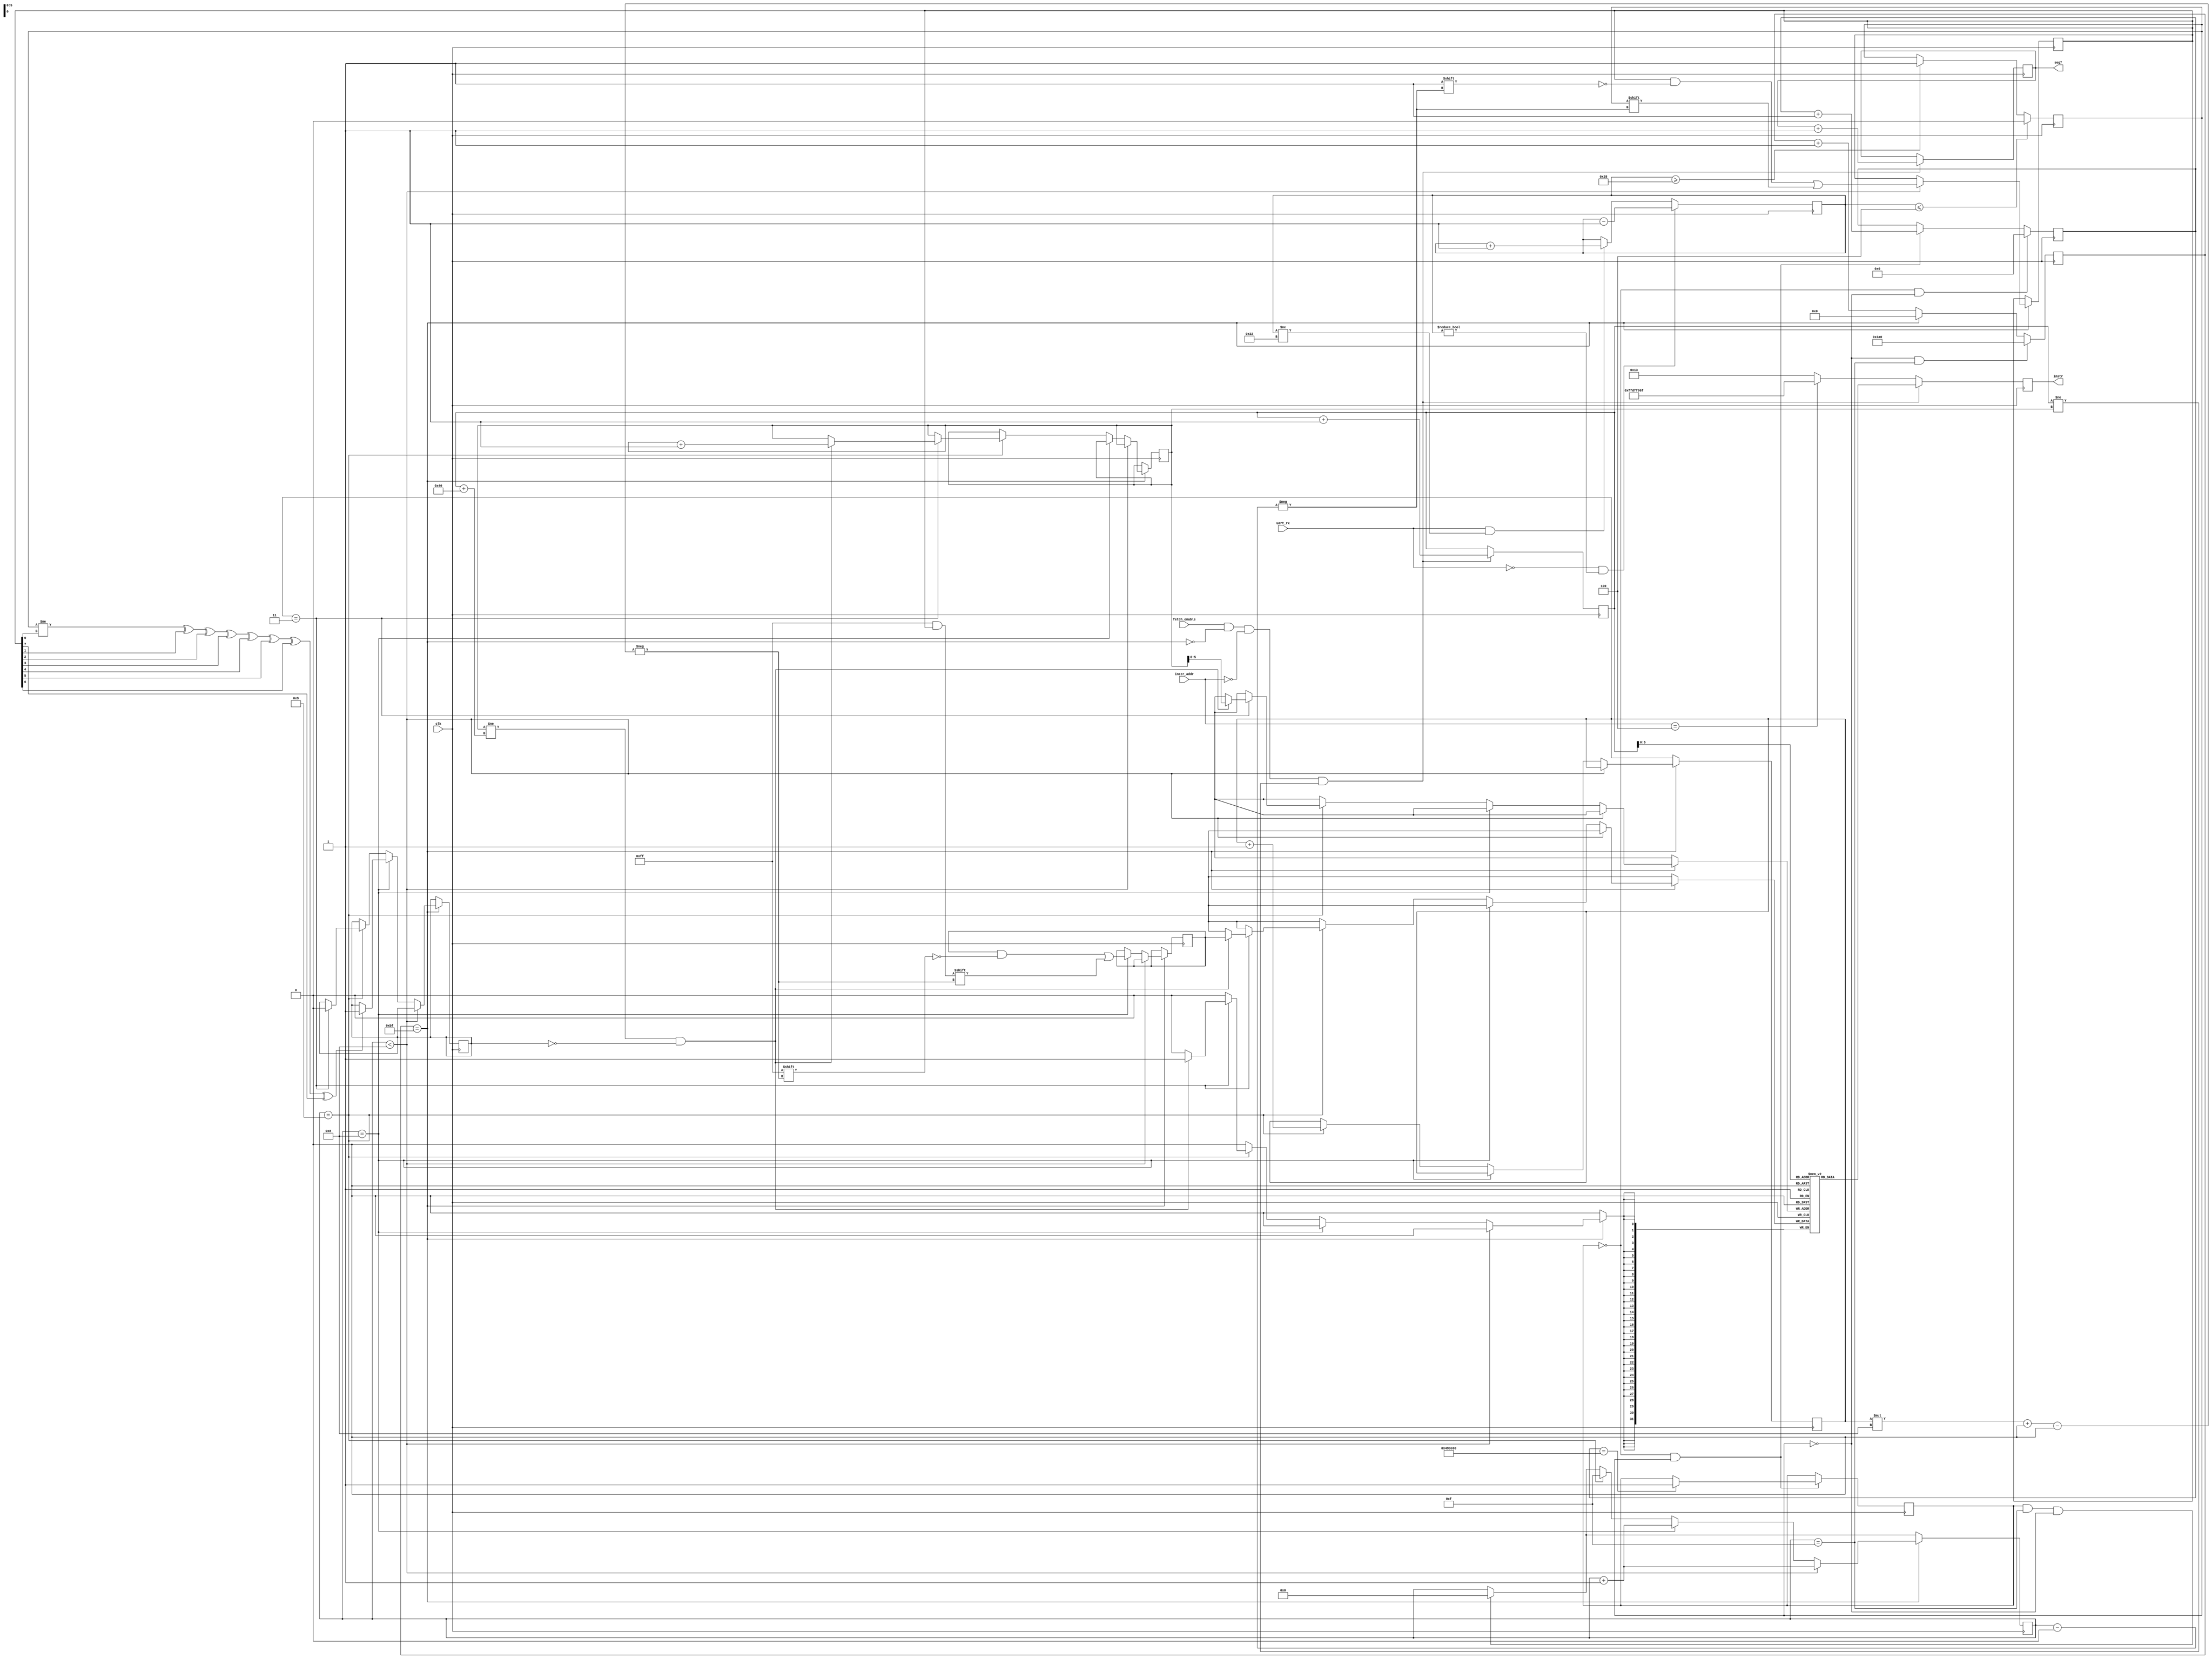
module UartController(
	input clk,

	input uart_rx,

	input            fetch_enable,
	input      [ 2:0]instr_addr,
	output reg [31:0]instr,
	output reg [31:0]seg7 = 0
);

// Bit rate is 48000000/192 = 250kbps
localparam CLK_PER_BIT = 192;
localparam START_SHIFT = 96;

// Initialization:
reg [31:0]uart_init_saturation = 0;
reg uart_initialized = 0;

always @(posedge clk) begin
	if (!uart_initialized && actual_rx) begin
		uart_init_saturation <= uart_init_saturation + 1;

		if (uart_init_saturation == 4800000) begin
			uart_initialized <= 1;
		end
	end
	if (!uart_initialized && !actual_rx) begin
		uart_init_saturation <= 0;
	end
end

// Uart RX debouncer:
reg actual_rx = 0;
reg [7:0]debouncer_saturation = 0;
always @(posedge clk) begin
	if (uart_rx && debouncer_saturation != 8'h32)
		debouncer_saturation <= debouncer_saturation + 1;

	if (!uart_rx && debouncer_saturation != 8'h0)
		debouncer_saturation <= debouncer_saturation - 1;

	if (debouncer_saturation >= 8'h28)
		actual_rx <= 1;

	if (debouncer_saturation <= 8'h4)
		actual_rx <= 0;
end

// Uart Input Buffer:
localparam UART_BUFFER_SIZE = 64;

reg uart_buffer_write_enable = 0;

reg [7:0]head = 0;
reg [7:0]tail = 0;

reg [31:0]uart_input_buffer[63:0];

// Hand-made frequency divider:
reg [9:0]cnt = 0;
wire uart_tick = (cnt == CLK_PER_BIT - 1);
always @(posedge clk) begin
    if (!actual_rx && bit_num == 4'hF) begin // start && idle
        cnt <= -START_SHIFT;
    end else if (uart_tick) begin
        cnt <= 0;
    end else begin
        cnt <= cnt + 1;
    end
end

// Recieve procedure:
reg [31:0]cur_instr = 0;
reg [ 1:0]byte_num  = 0;

reg [7:0]cur_byte = 0;
reg [3:0]bit_num  = 4'hF;

reg parity_check_failed = 0;

always @(posedge clk) begin
	// Read start bit:
	if (uart_initialized && bit_num == 4'hF && !actual_rx) begin
		bit_num <= 0;
	end

	// Start recieving:
	if (uart_tick) begin
		// Read data bits:
		if (bit_num < 8) begin
			bit_num <= bit_num + 1;

			cur_byte[bit_num] <= actual_rx;
		end
		// Read parity bit:
		else if (bit_num == 8) begin
			bit_num <= bit_num + 1;

			// Drop instruction if parity check failed:
			if (actual_rx != cur_byte[0] ^ cur_byte[1] ^ cur_byte[2] ^ cur_byte[3] ^
			                 cur_byte[4] ^ cur_byte[5] ^ cur_byte[6] ^ cur_byte[7]) begin
				parity_check_failed <= 1;
			end

			// Save byte (assuming transmitter is little-endian):
			cur_instr[byte_num * 8 +: 8] <= cur_byte;
		end
		// Read stop bit:
		else if (bit_num == 9) begin
			bit_num <= 4'hF;
			byte_num <= byte_num + 1;

			// Save instruction:
			if (byte_num == 3) begin
				if ((head != tail + UART_BUFFER_SIZE) && !parity_check_failed) begin
					uart_input_buffer[head[5:0]] <= cur_instr;
					head <= head + 1;
				end

				parity_check_failed <= 0;
			end
		end
	end
end

// Fetch instruction:
always @(posedge clk) begin
	if (fetch_enable && !uart_tick && instr_addr == 3'b000 && tail != head) begin
		instr <= uart_input_buffer[tail[5:0]];
		tail  <= tail + 1;

		seg7 <= seg7 + 1;
	end
	else if (instr_addr == 3'b100) begin
		instr <= 32'hffdff06f; // JAL x0, -4
	end
	else begin
		instr <= 32'h00000013; // NOP
	end
end
endmodule